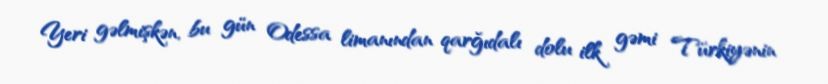
Yeri gəlmişkən, bu gün Odessa limanından qarğıdalı dolu ilk gəmi Türkiyənin